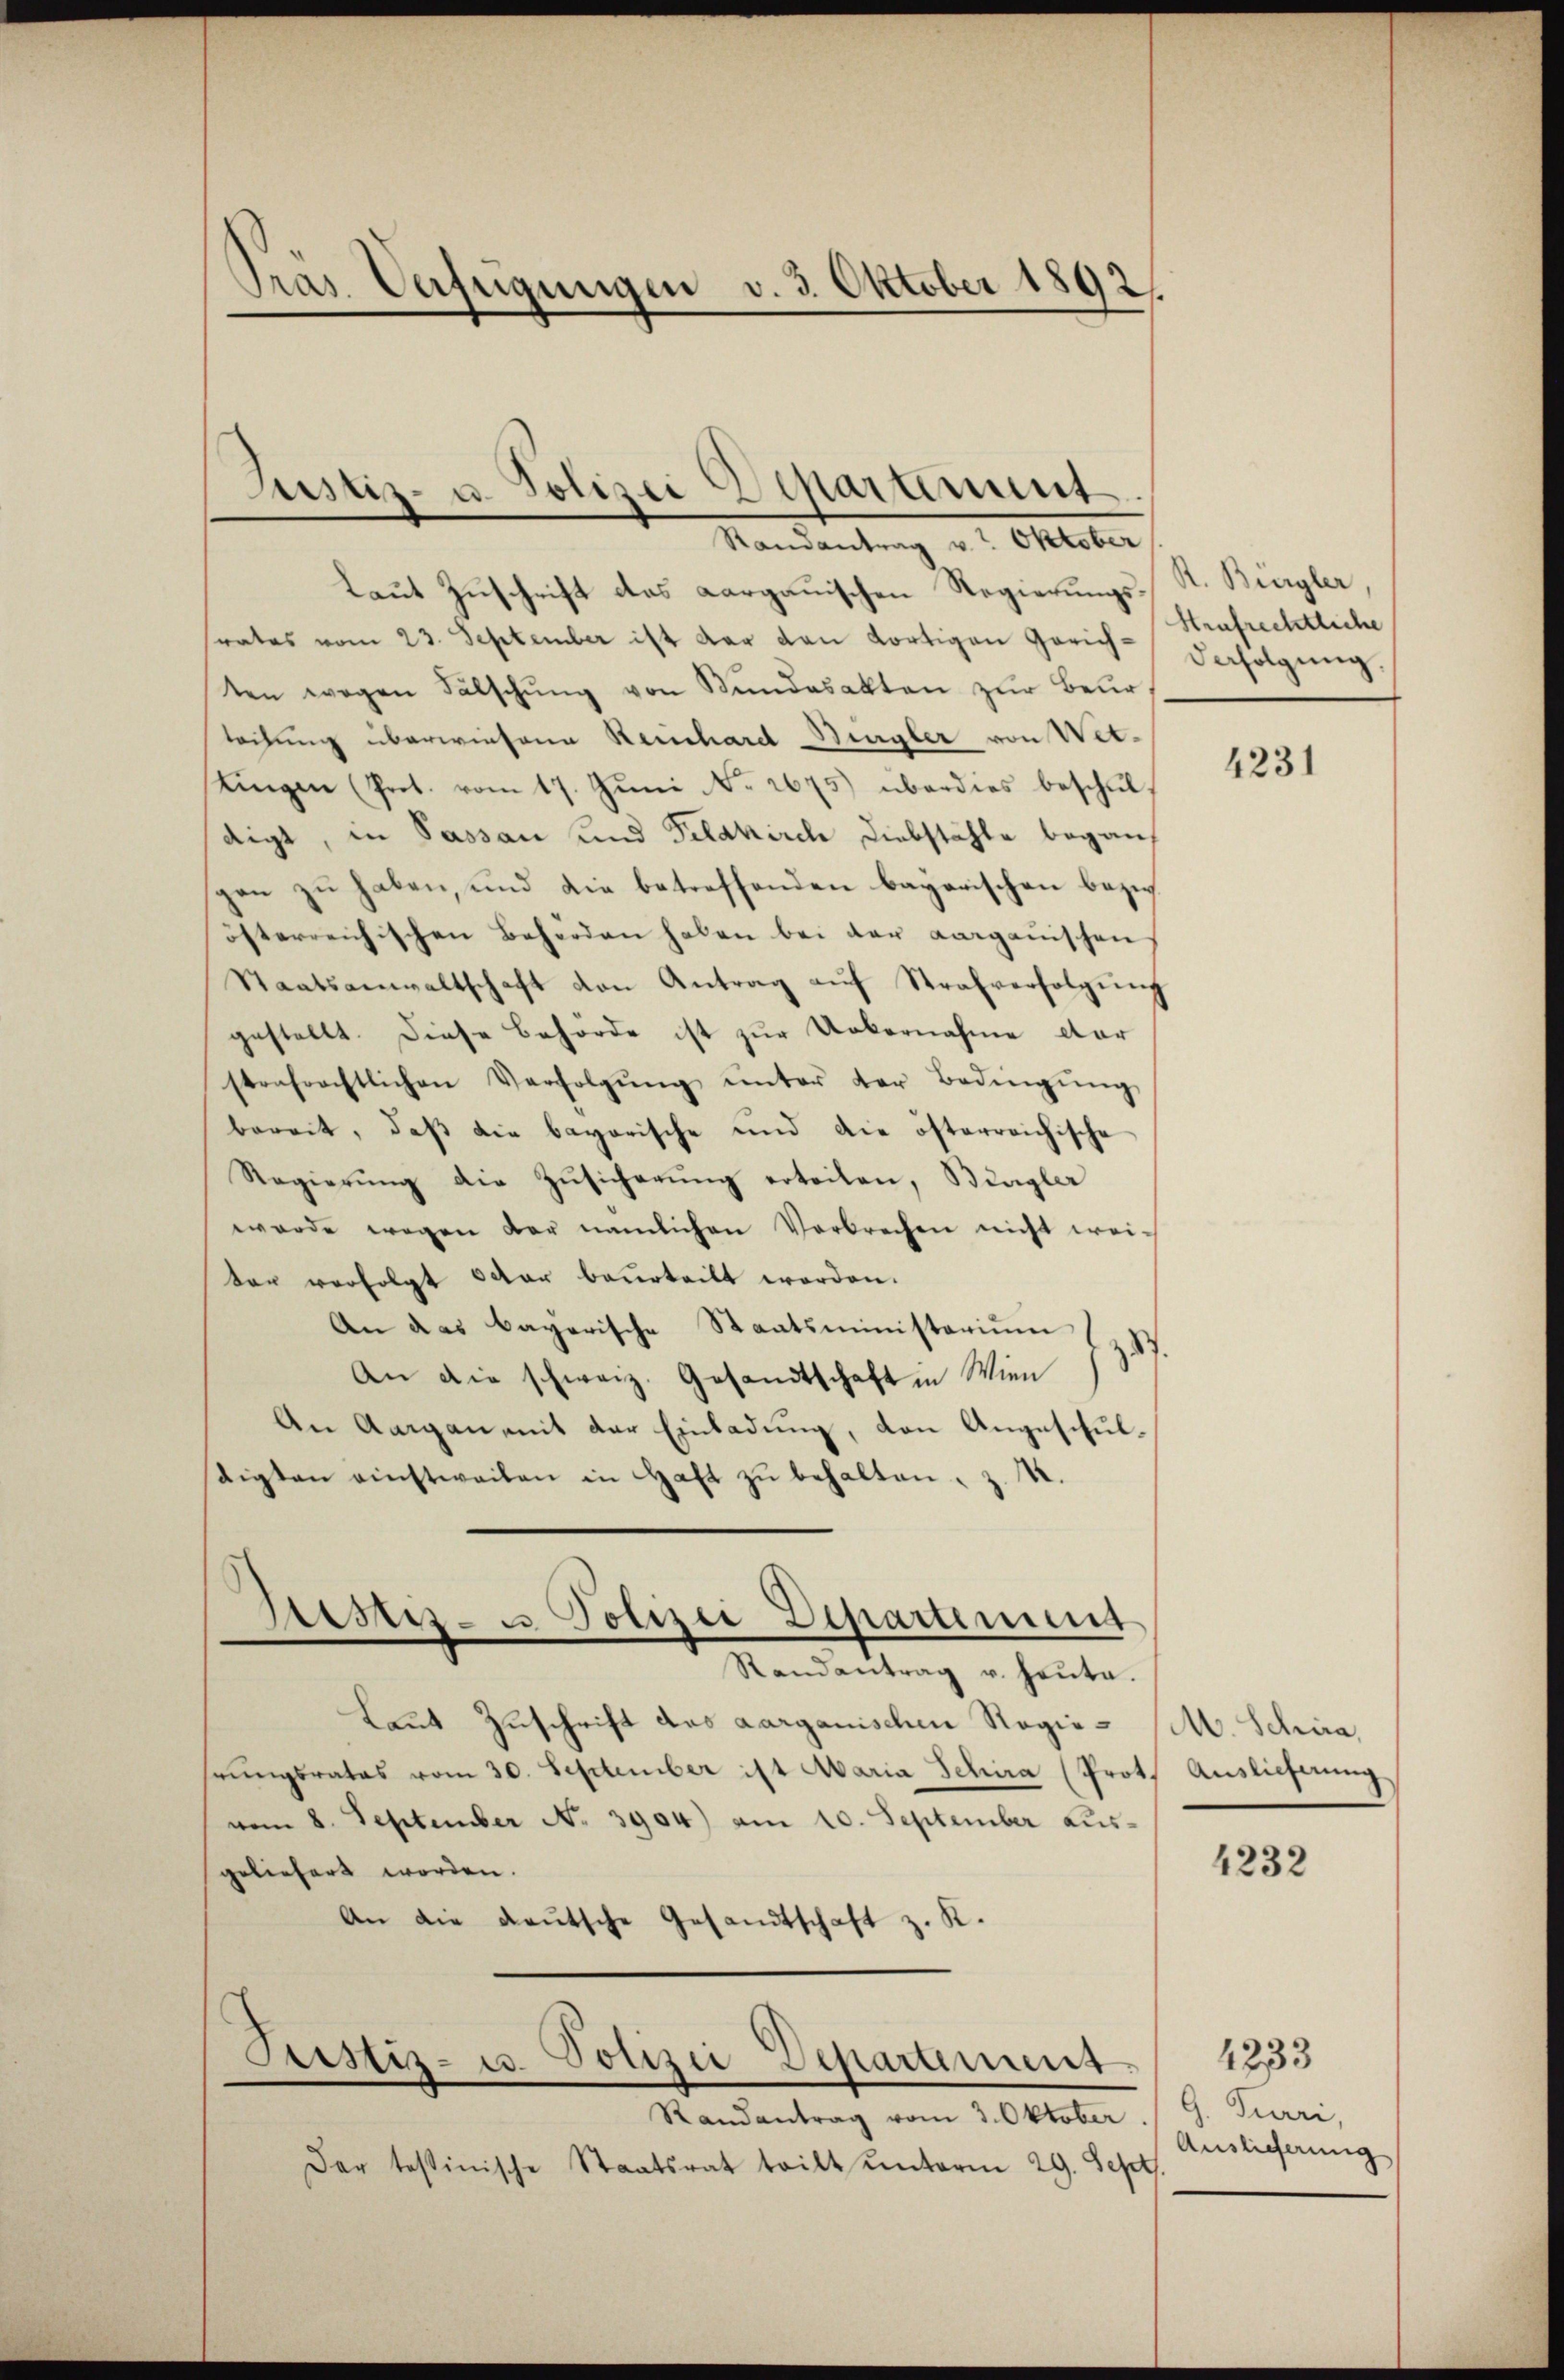
Tras. Verfügungen v. 3. Oktober 1892,

Justiz- u. Polizei Departement
Randantrag v. 2. Oktober

Laut Zuschrift das Aargauischen Regierungsrates vom 23. September ist der den dortigen Gerichten wegen Fälschung von Bundesakten zur Beur
tochung überwiesene Keuchard Begler von Wettingen (Prot. vom 17. Jŭni No 2675) überdies beschuldigt, in Passau und Feldkirch Diebstähle begangen zu haben, und die betreffenden bayerischen bezi
österreichischen Behörden haben bei der aargauischen
Staatsanwaltschaft den Antrag auf Strafverfolgung
gestellt. Diese Behörde ist zur Uebernahme dar
strafrechtlichen Verfolgŭng ŭnter der Bedingŭng
bereit, daß die bayerische und die österreichisc
Regierŭng die Zŭsicherŭng erteilen, Bingler
werde wegen der nämlichen Verbrechen nicht weiter verfolgt oder beurteilt worden.
An das bayerische Staatsministerium (797
An die schweiz. Gesandtschaft in Wien
An Aargau mit der Einladung, den Angeschuldigten einstweilen in Haft zŭ behalten. Z. 4.
Gestes- u. Polizei Departement
Randantrag v. heute.
Laut Zuschrift des aarganischen Regierungsrates vom 30. September ist Maria Schira (Prot.
vom 8. September No. 3904) am 10. September ausgeliefert worden.
An die deutsche Gesandtschaft z. R.

Randantrag vom 3. Oktober
Der testinische Staatsrat tritt unterm 29. Sept

Justiz- u. Polizei Departement

R. Burgler
Hrafrechtliche
Defolgung

4231

M. Schira,
Auslieferung

1232

G. Furri,
Auslieferung

1233